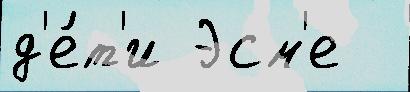
д'е́т'и Эсм'е